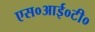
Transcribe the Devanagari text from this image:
एस०आई०टी०